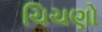
ચિચણો